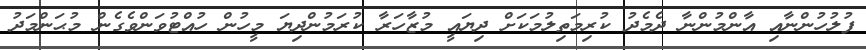
ފުލުހުންނާއި އާންމުންނާ ދެމެދު ކުރިމަތިލުމަކަށް ދިޔައީ މުޒާހަރާ ކުރަމުންދިޔަ މީހުން ހުއްޓުވަންވެގެން މުޙަންމަދު